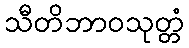
သီတိဘာဝသုတ္တံ